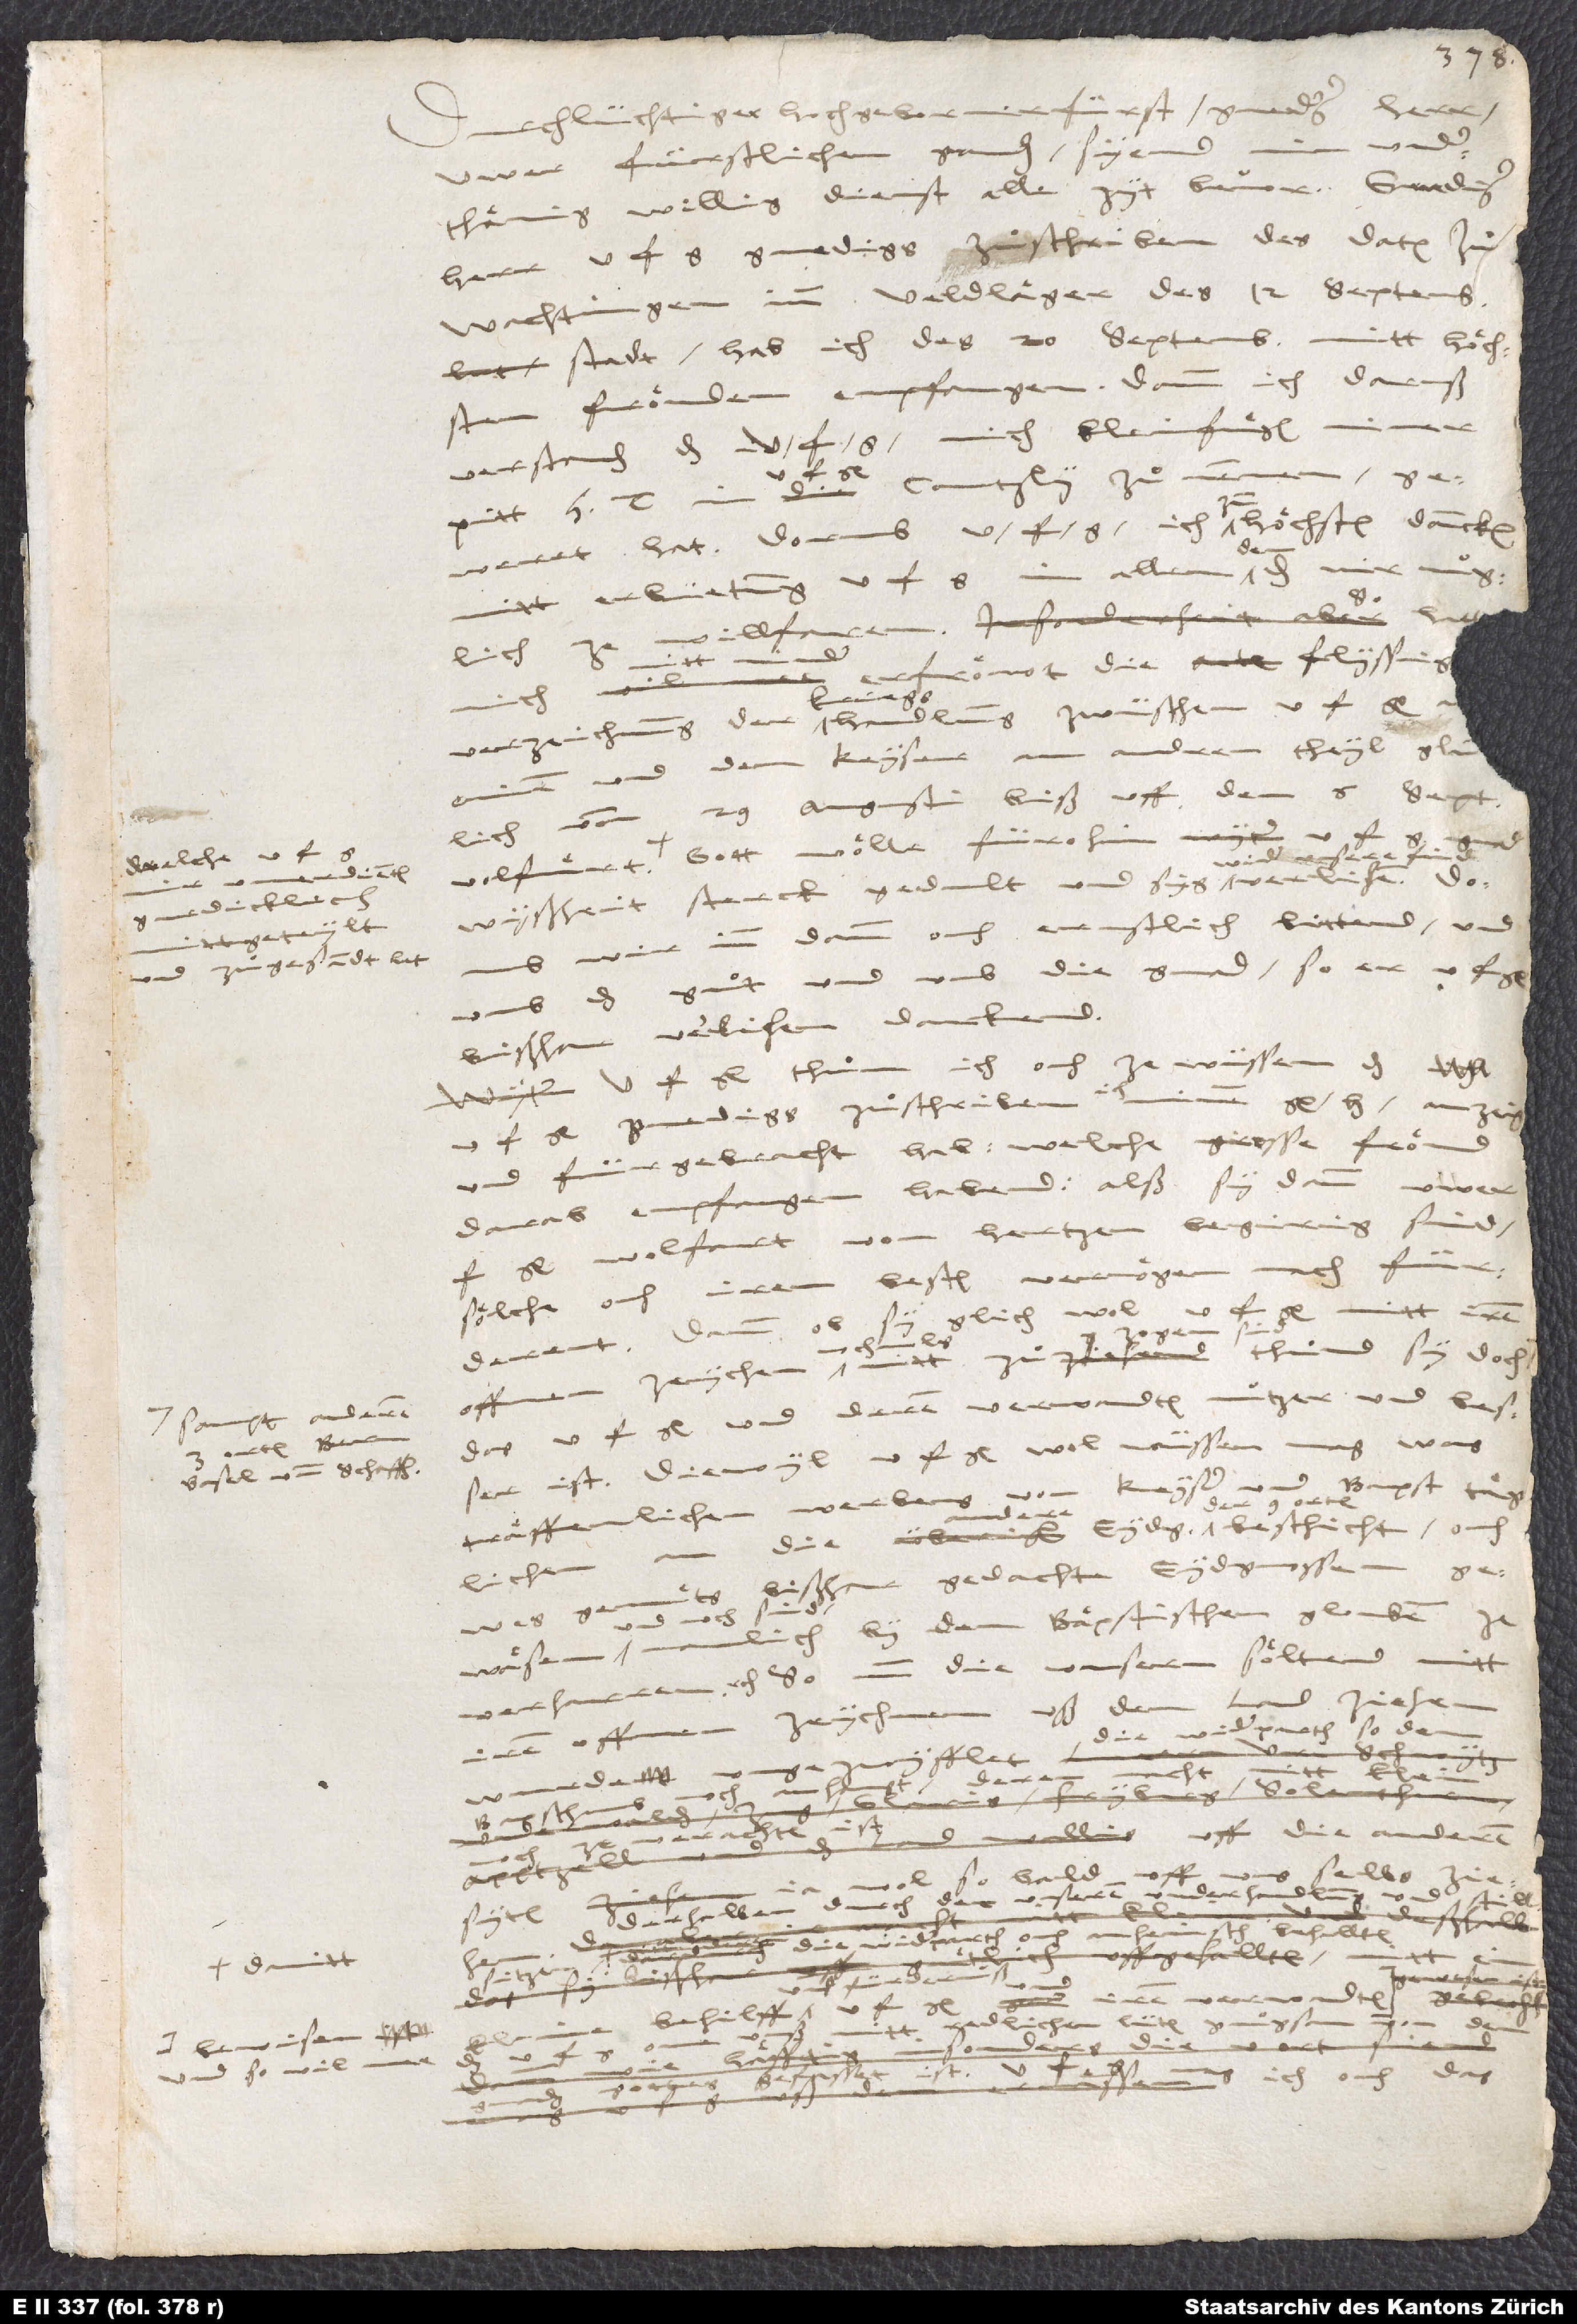
welche u. f.
orten (Bernn,
Basel und Schaffhusen),
damitt
bewisen

Durchlüchtiger, hochgeborner fürst, gnediger herr,
uwern fürstlichen gnaden siend min underthaͤnig,
willig dienst alle zyt bevor. Gnediger
Wachtingen imm feldlaͤger des 12. septembris
stadt, hab ich des 20. septembris mitt hoͤchsten
froͤüden empfangen, dann ich daruß
verstanden, das u mich kleinfuͤgen miner
gewaͤret hat. Dorumb u. f. g. ich zum hoͤchsten dancken
mitt erbietung u. f. g. in allem dem, das mir müglich
willfaren.
nitt minder erfroͤwt die flyssige
mich
verzeichnung der kriegshandlung zwüschen u. f. g.
und dem keyser
hatt. Gott woͤlle fürohin u. f. g.
wider unsere find
inn dann ouch ernstlich bittend und
umb das guͦt und umb die gnad, so er u. f.
bißhar verlihen, danckend.
U. f. g. thuͦn ich ouch ze wüssen, das
und fürbracht hab, welche grosse froͤüd
darab empfangen habend, alls sy dann u.
wolfart von hertzen begirig sind,
soͤliche ouch irem besten vermugen nach fürderend.
Dann ob sy glich wol u. f. g. mitt irem
offnen zeychen nochmals nitt zuͦzogen sind, thuͦnd sy doch
das u. f. g. und deren verwandten nützer und besser
ist. Diewyl u. f. g. wol wüssen mag, was
von keyser und bapst taͤglich
traͤffenlichen waͤrbens
namlich by dem baͤpstischen glouben ze
verharren, etc., so nun die unsern soͤltend mitt
iren offnen zeychen uß dem land zyechen,
klein
uff die anderen
uns selbs
wol so bald
Derhalben durch der unsern underhandlung
und iren verwandten